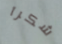
شكرآ